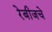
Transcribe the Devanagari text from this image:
रेबीजचे